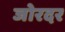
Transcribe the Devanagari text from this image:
जोरदर